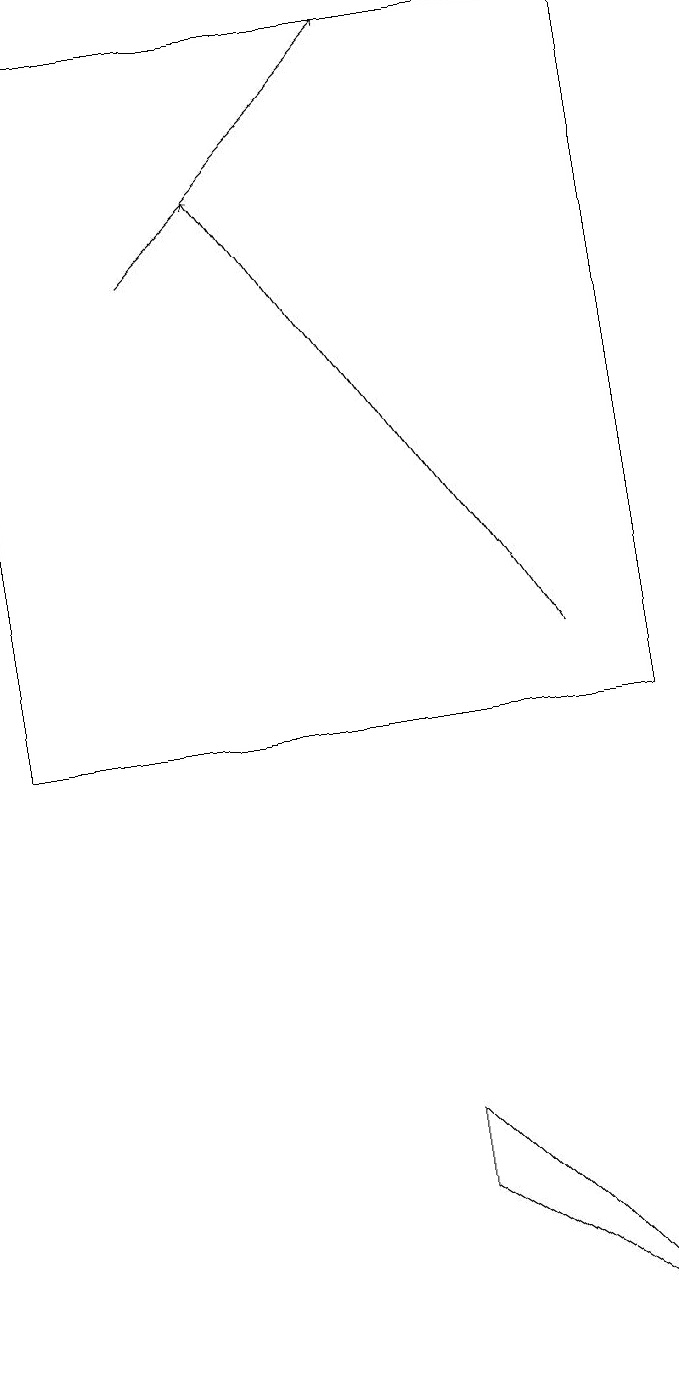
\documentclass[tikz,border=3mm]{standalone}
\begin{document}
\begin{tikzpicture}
\draw[->] (7,11) -- (3,17);
\draw (5,5) -- (5,4) -- (8,2) -- cycle;
\draw (0,19) rectangle (8,10);
\draw[->] (2,16) -- (5,19);
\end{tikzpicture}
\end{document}